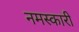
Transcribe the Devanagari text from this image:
नमस्कारी